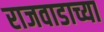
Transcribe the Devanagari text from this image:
राजवाडाच्या